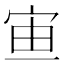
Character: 𡧹